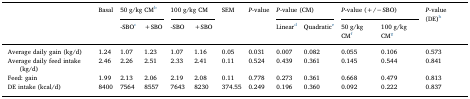
<table><thead><tr><td>[EMPTY_CELL]</td><td><b>Basal</b></td><td colspan="2"><b>50 g/kg CMb</b></td><td colspan="2"><b>100 g/kg CM</b></td><td><b>SEM</b></td><td><b><i>P</i>-value</b></td><td colspan="2"><b><i>P</i>-value (CM)</b></td><td colspan="2"><b><i>P</i>-value (+/−SBO)</b></td><td><b><i>P</i>-value (DE)h</b></td></tr><tr><td>[EMPTY_CELL]</td><td>[EMPTY_CELL]</td><td><b>-SBOc</b></td><td><b>+SBO</b></td><td><b>-SBO</b></td><td><b>+SBO</b></td><td>[EMPTY_CELL]</td><td>[EMPTY_CELL]</td><td><b>Lineard</b></td><td><b>Quadratice</b></td><td><b>50 g/kg CMf</b></td><td><b>100 g/kg CMg</b></td><td>[EMPTY_CELL]</td></tr></thead><tbody><tr><td>Average daily gain (kg/d)</td><td>1.24</td><td>1.07</td><td>1.23</td><td>1.07</td><td>1.16</td><td>0.05</td><td>0.031</td><td>0.007</td><td>0.082</td><td>0.055</td><td>0.106</td><td>0.573</td></tr><tr><td>Average daily feed intake (kg/d)</td><td>2.46</td><td>2.26</td><td>2.51</td><td>2.33</td><td>2.41</td><td>0.11</td><td>0.524</td><td>0.439</td><td>0.361</td><td>0.145</td><td>0.544</td><td>0.841</td></tr><tr><td>Feed: gain</td><td>1.99</td><td>2.13</td><td>2.06</td><td>2.19</td><td>2.08</td><td>0.11</td><td>0.778</td><td>0.273</td><td>0.361</td><td>0.668</td><td>0.479</td><td>0.813</td></tr><tr><td>DE intake (kcal/d)</td><td>8400</td><td>7564</td><td>8557</td><td>7643</td><td>8230</td><td>374.55</td><td>0.249</td><td>0.196</td><td>0.360</td><td>0.092</td><td>0.222</td><td>0.837</td></tr></tbody></table>